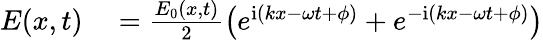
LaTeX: \begin{array}{rl}{E(x,t)}&{{}=\frac{E_{0}(x,t)}{2}\left(e^{\mathrm{{i}}(kx-\omega t+\phi)}+e^{-\mathrm{{i}}(kx-\omega t+\phi)}\right)}\end{array}